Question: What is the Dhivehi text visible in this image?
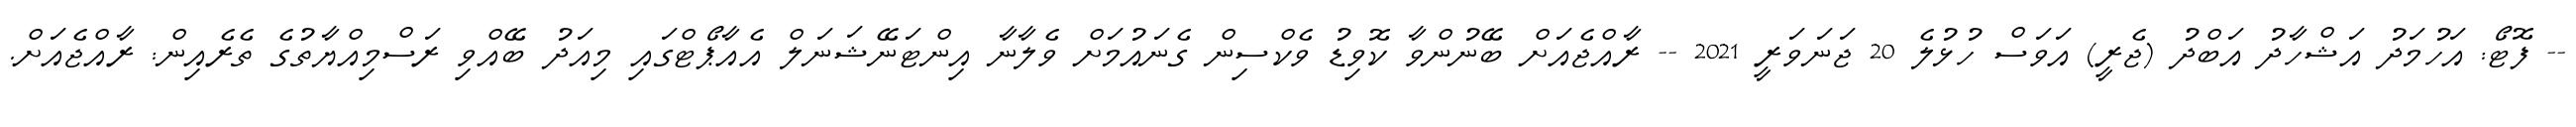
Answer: -- ފޮޓޯ: އަހުމަދު އަޝްހާދު އަބްދު (ޖެރީ) އަވަސް ހުޅުލެ 20 ޖަނަވަރީ 2021 -- ރާއްޖެއަށް ބޭނުންވާ ކޮވިޑު ވެކްސިން ގެނައުމަށް ވެލާނާ އިންޓަނޭޝަނަލް އެއާޕޯޓްގައި މިއަދު ބޭއްވި ރަސްމިއްޔާތުގެ ތެރެއިން: ރާއްޖެއަށް.